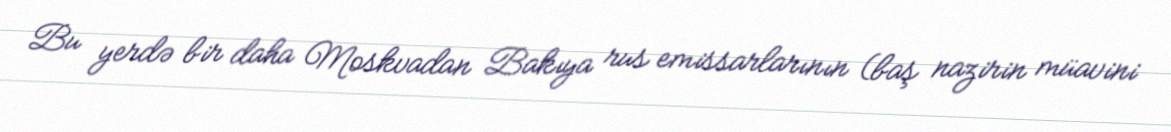
Bu yerdə bir daha Moskvadan Bakıya rus emissarlarının (baş nazirin müavini